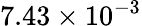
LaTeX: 7.43\times 10^{-3}